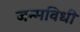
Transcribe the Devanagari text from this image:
जन्मविधी